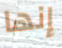
إنها